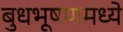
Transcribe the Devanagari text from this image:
बुधभूषणमध्ये